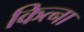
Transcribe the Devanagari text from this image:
कित्ना